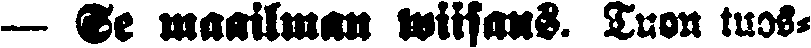
— Se maailman wiisaus. Tuon tuos-